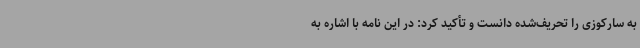
به سارکوزی را تحریف‌شده دانست و تأکید کرد: در این نامه با اشاره به